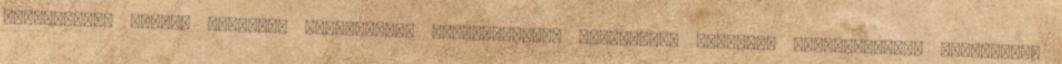
villanások, szoros meccsek, döntetlenek Felhasználási feltételek Tartalom felhasználási feltételek